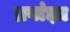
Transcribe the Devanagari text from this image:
ब्रगांझा